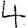
Digit: 4